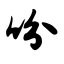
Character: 吩